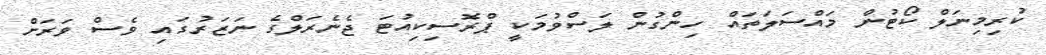
ކުރިމިނަލް ކޯޓުން މައްސަލަތައް ހިންގުން ލަސްވުމަކީ ޕްރޮސިކިއުޓަ ޖެނެރަލްގެ ނަޒަރުގައި ވެސް ވަރަށް